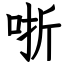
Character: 哳